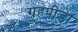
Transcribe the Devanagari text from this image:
ग्रहपीड़ा